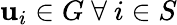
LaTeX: \mathbf{u}_{i}\in G\ \forall\ i\in S